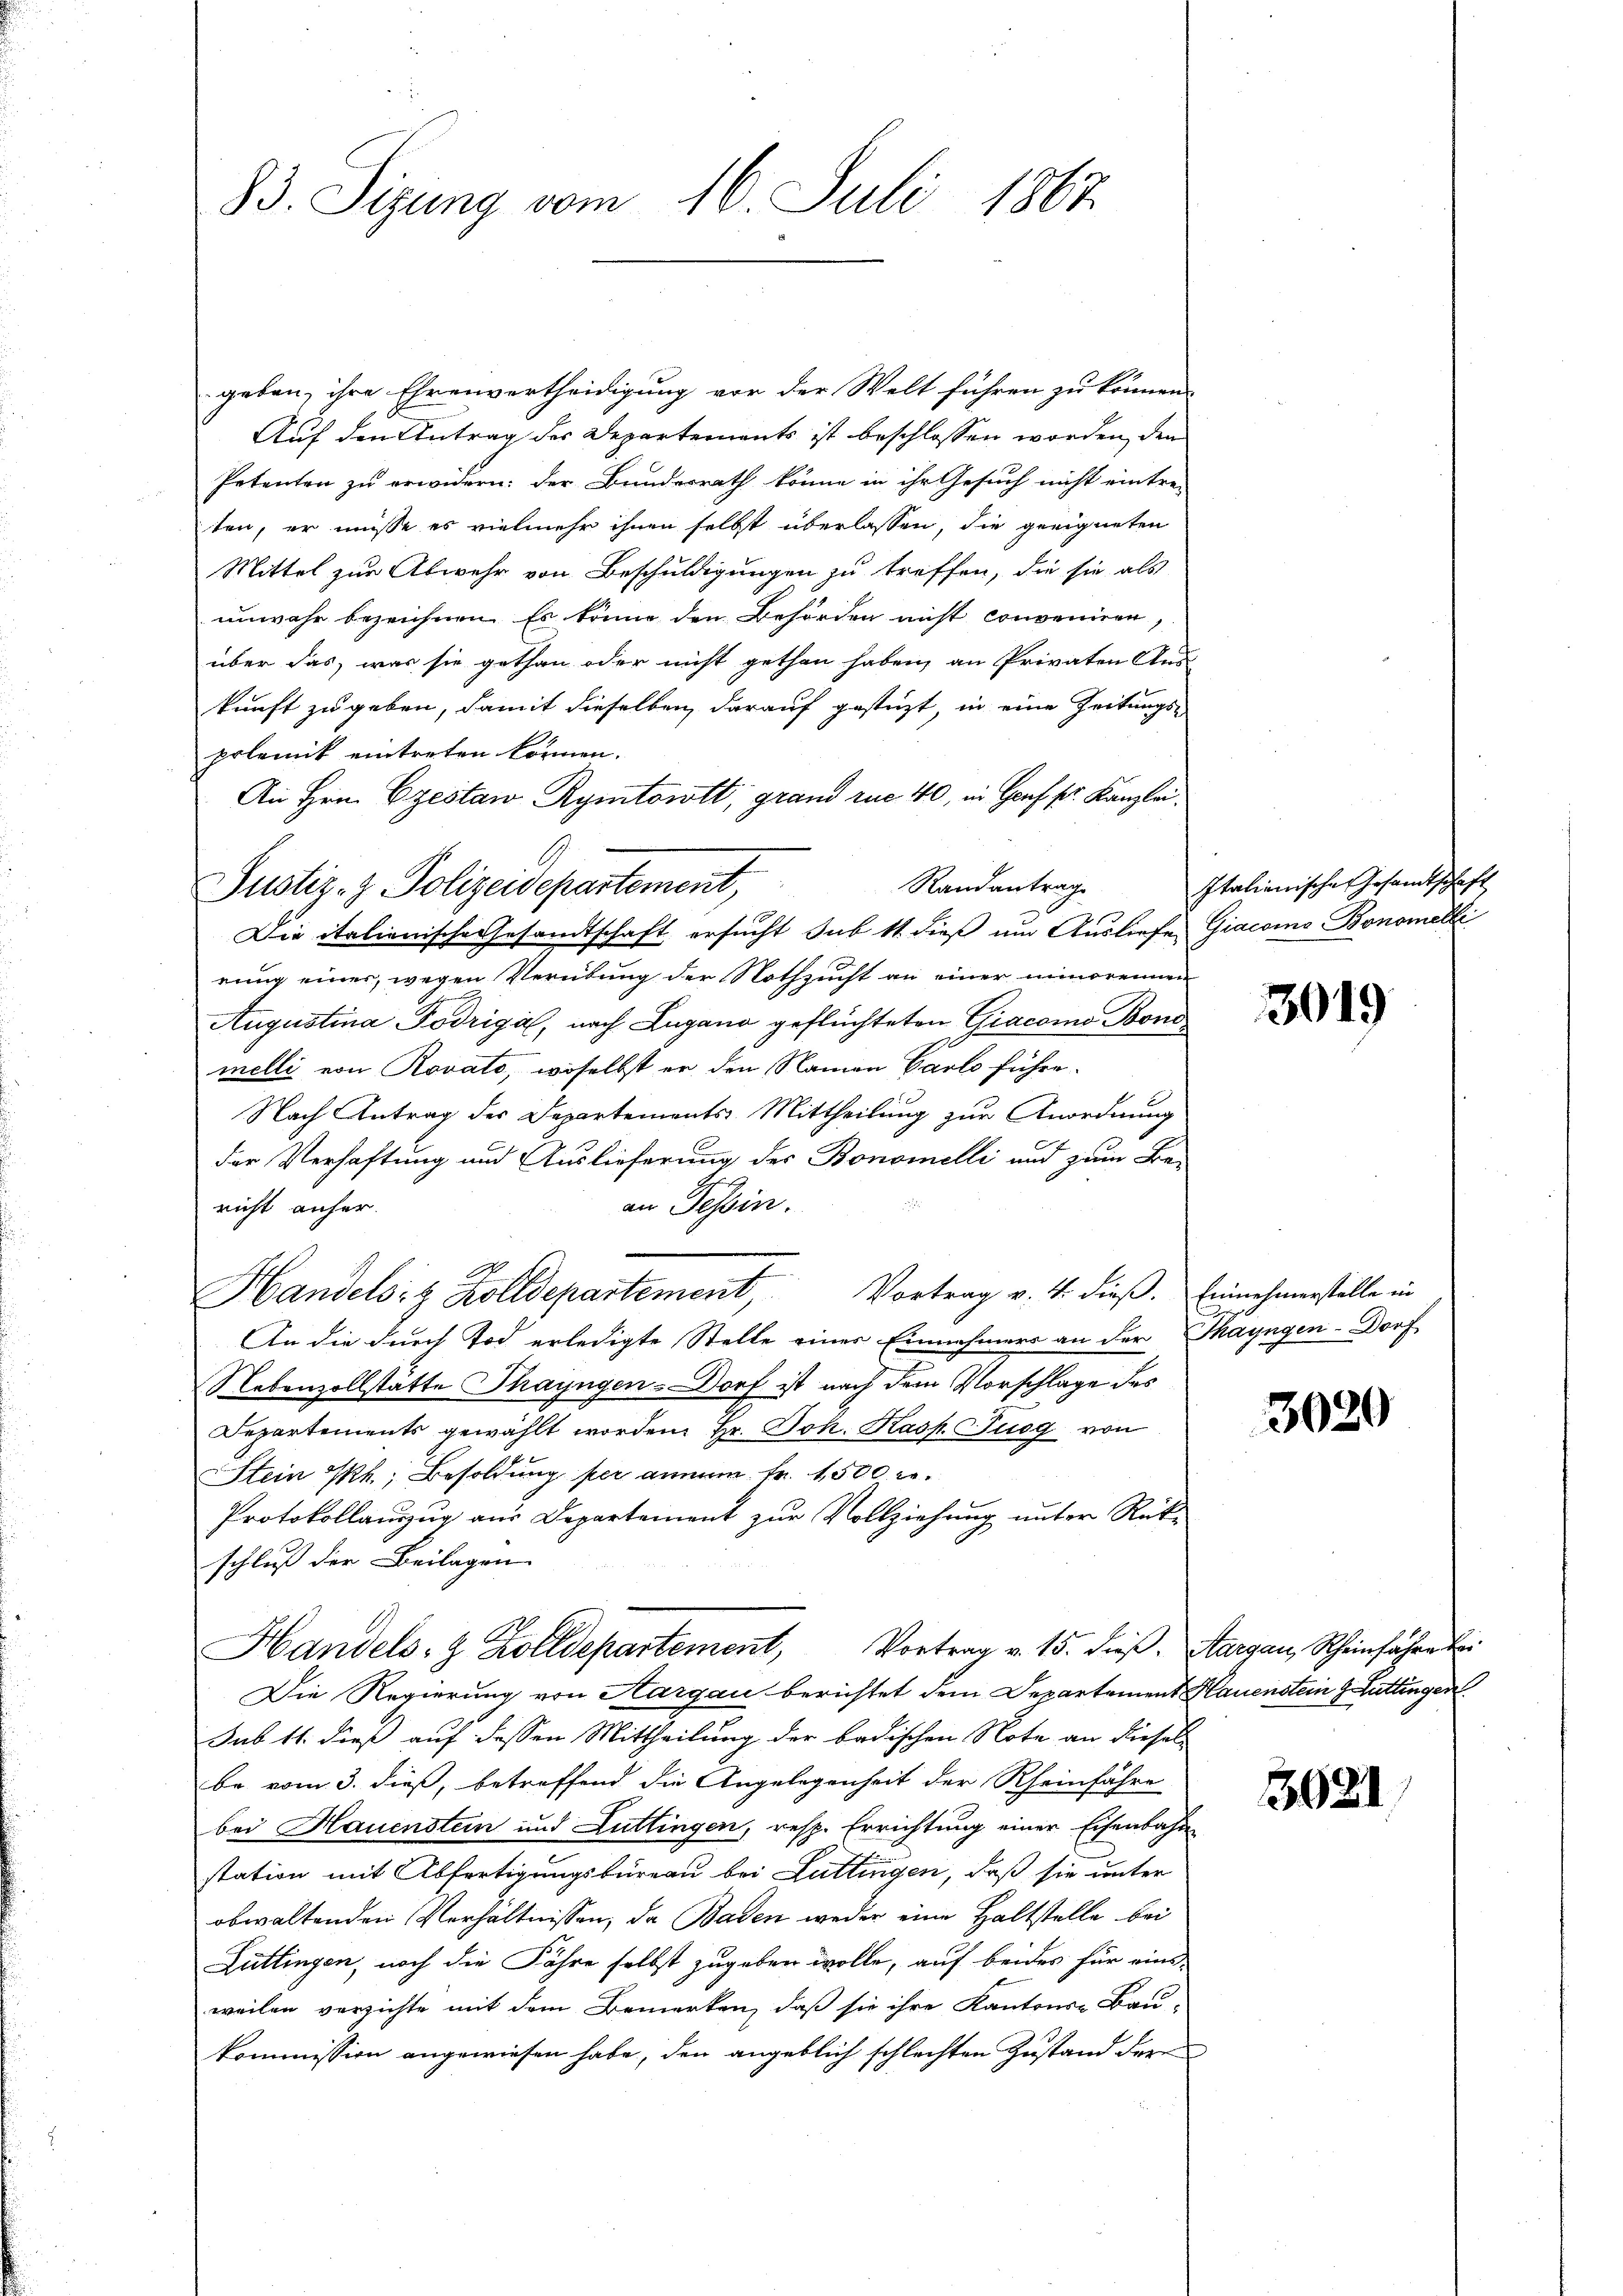
83. Sizung vom 16. Juli 1867

geben, ihre Ehrenvertheidigung vor der Welt führen zu können.
Auf den Antrag des Departements ist beschlossen worden, den
Petenten zu erwidern: der Bundesrath könne in ihr Gesuch nicht eintrei
ten, er müsse es vielmehr ihnen selbst überlassen, die geeigneten
Mittel zur Abwehr von Beschuldigungen zu treffen, die sie als
unwahr bezeichnen. Es könne den Behörden nicht conveniren,
über das, was sie gethan oder nicht gethan haben, an Privaten Aus-
kunft zu geben, damit dieselben darauf gestüzt, in eine Zeitungs-
polemik eintreten können.
An Hrn. Czestaw Rymtowtt, grand rue 40, in Genf sr. Kanzlei.
Randantrag
Justiz- & Polizeidepartement,
Die italienische Gesandtschaft ersucht sub 11 dieß um Ausliefe
rung einer, wegen Verübung der Nothzucht an einer minorennen
Augustina Podriga, nach Lugano geflüchteten Giacomo Bonimelli von Rovato, woselbst er den Namen Parlo führe.
Nach Antrag der Departements Mittheilung zur Anordnung
der Verhaftung und Auslieferung des Bonomelli und zum Be-
an Tessin.
richt anher.
Vortrag v. 4. dieß. Einnehmerställe in
Handelsiz Zolldepartement,
An die durch Tod erledigte Stelle einer Einnahmers an der Thayngen Dorf
Nebenzollstätte Thayngen-Dorf ist nach dem Vorschlage des
Departements gewählt worden. Hr. Joh. Kasp. Tuog von
Stein Ph., Besoldung per annum Fr. 4500 r.
Protokollauszug aus Departement zur Vollziehung unter Rück-
schluß der Beilagen
Handels- & Zolldepartement, Vortrag v. 15. dieβ. Aargau, Rheinfahre bei
Die Regierung von Aargau berichtet dem Departement Hauenstein 9 Büttingen
sub 11. dieß auf dessen Mittheilung der badischen Note an diesell
be vom 3. dieß, betreffend die Angelegenheit der Rheinfahre
bei Hauenstein und Luttingen, resp. Errichtung einer Eisenbahn
station mit Abfertigungsbureau bei Lattingen, daß sie unter
obwaltenden Verhältnissen, da Baden weder eine Haltstelle bei
Züttingen, noch die Fähre selbst zugeben wolle, auf beides für einsweilen verzichte mit dem Bemerken, daß sie ihre Kantons- Bau-
kommission angewiesen habe, den angeblich schlechten Zustand der

Italienische Gesamtschaft
Giacome Bonomelle

3019

3020

3621